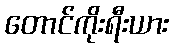
တောင်ကိုးရီးယား